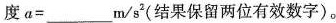
度$$a =$$___m/s(结果保留两位有效数字)。